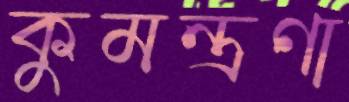
কুমন্ত্রণা